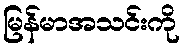
မြန်မာအသင်းကို